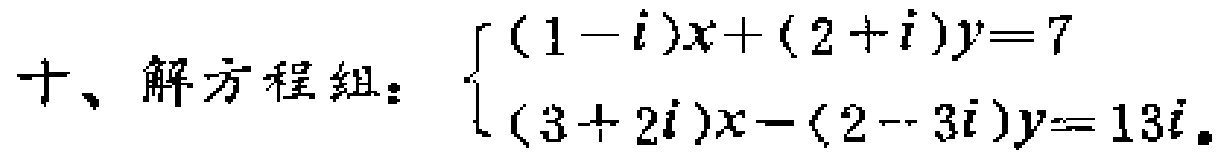
十、解方程组：$\begin{cases}(1 - i)x + (2 + i)y = 7\\(3 + 2i)x - (2 - 3i)y = 13i\end{cases}$